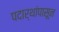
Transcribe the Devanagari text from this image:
पदार्थांपासून